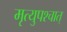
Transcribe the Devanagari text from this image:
मृत्युपश्चात्